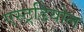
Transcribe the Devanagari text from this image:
एस्ट्रडियोल